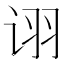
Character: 诩